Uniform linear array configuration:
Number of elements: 12
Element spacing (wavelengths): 0.75
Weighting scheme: blackman
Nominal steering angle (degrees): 45
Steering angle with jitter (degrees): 45.433
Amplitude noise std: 0.05
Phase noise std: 0.05

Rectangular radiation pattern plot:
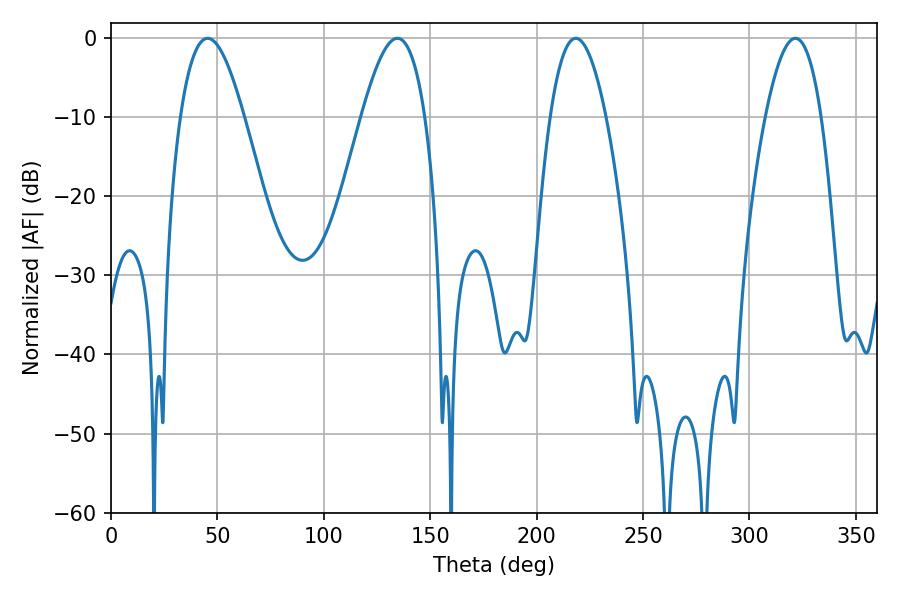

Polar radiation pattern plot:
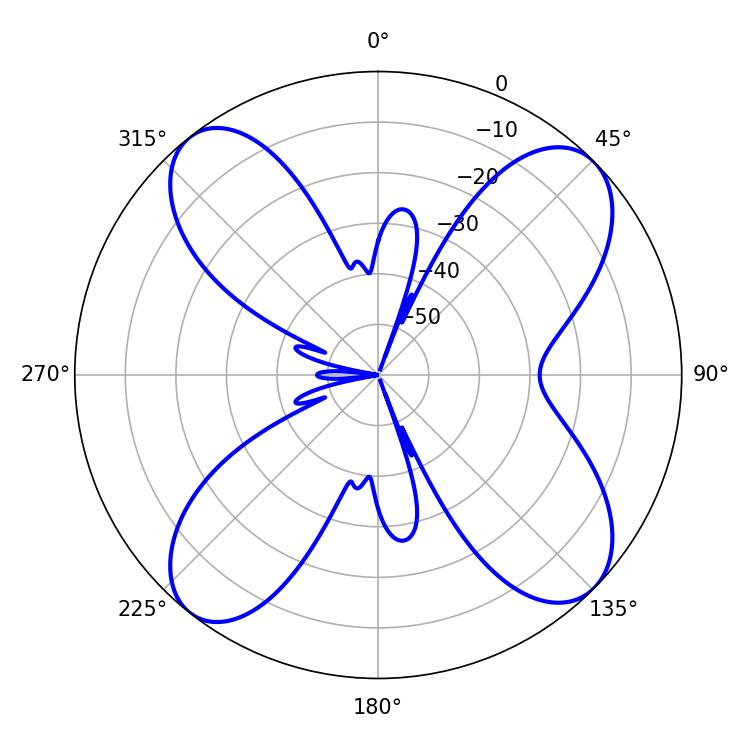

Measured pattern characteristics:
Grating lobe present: TRUE
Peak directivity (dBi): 12.675
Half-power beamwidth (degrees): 16.2
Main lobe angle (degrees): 45.36